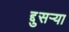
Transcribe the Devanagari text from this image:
द्दुसर्‍या